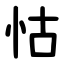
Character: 怙